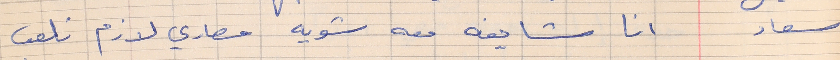
سعاد     انا شايفه معه شويه مصاري لازم نلعب